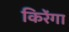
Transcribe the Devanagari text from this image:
किरेंगा